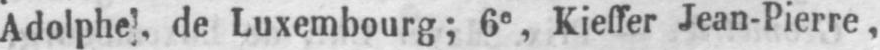
Adolphe, de Luxembourg; 6e Kieffer Jean-Pierre,